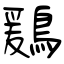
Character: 鶢